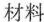
材料